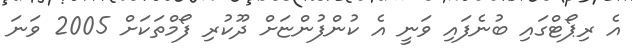
އެ ރިޕޯޓްގައި ބުނެފައި ވަނީ އެ ކުންފުންޏަށް ދޫކުރި ފޯމްތަކަށް 2005 ވަނަ